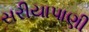
સરીયાપાણી